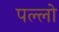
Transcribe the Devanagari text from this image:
पल्लो